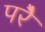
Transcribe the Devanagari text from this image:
परेै